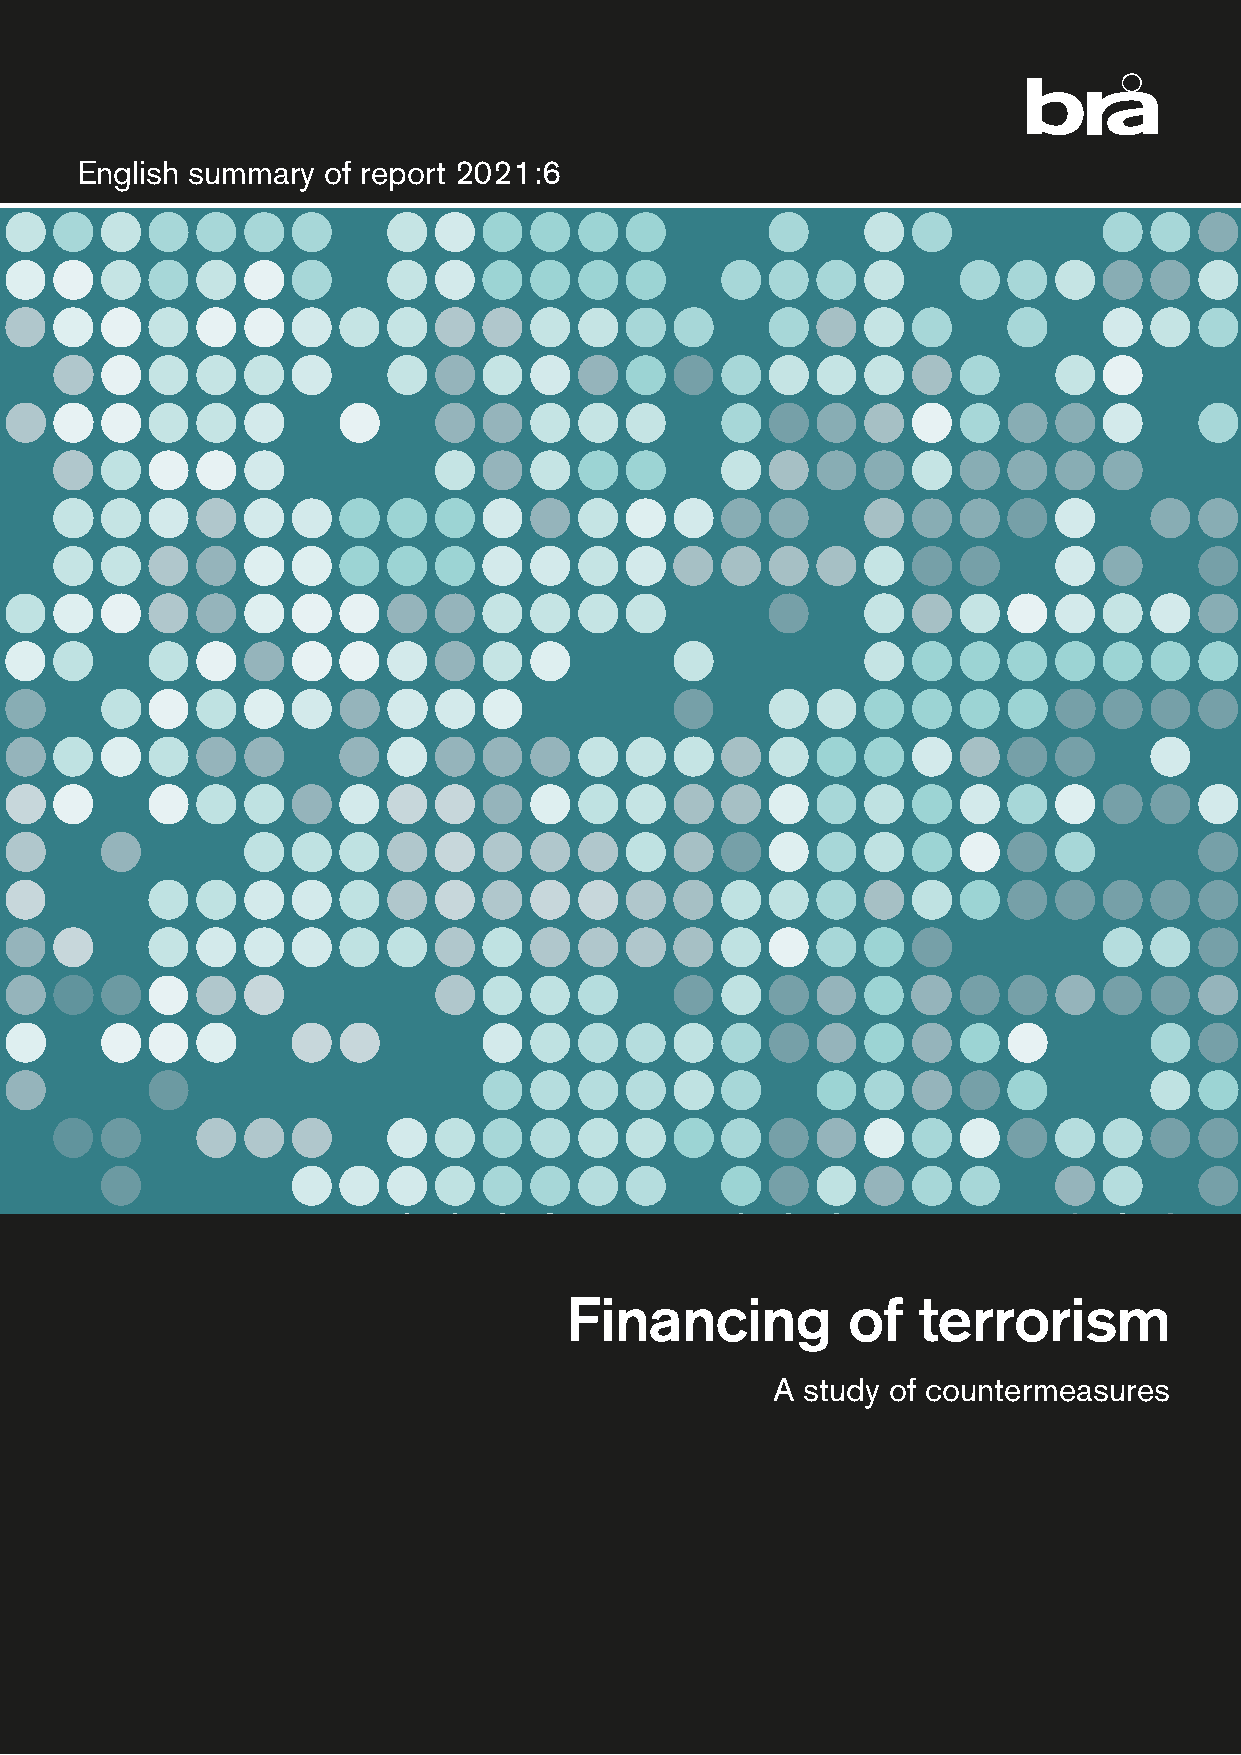
English summary  of report 2021:6
 Financing          of   terrorism
 A study of countermeasures